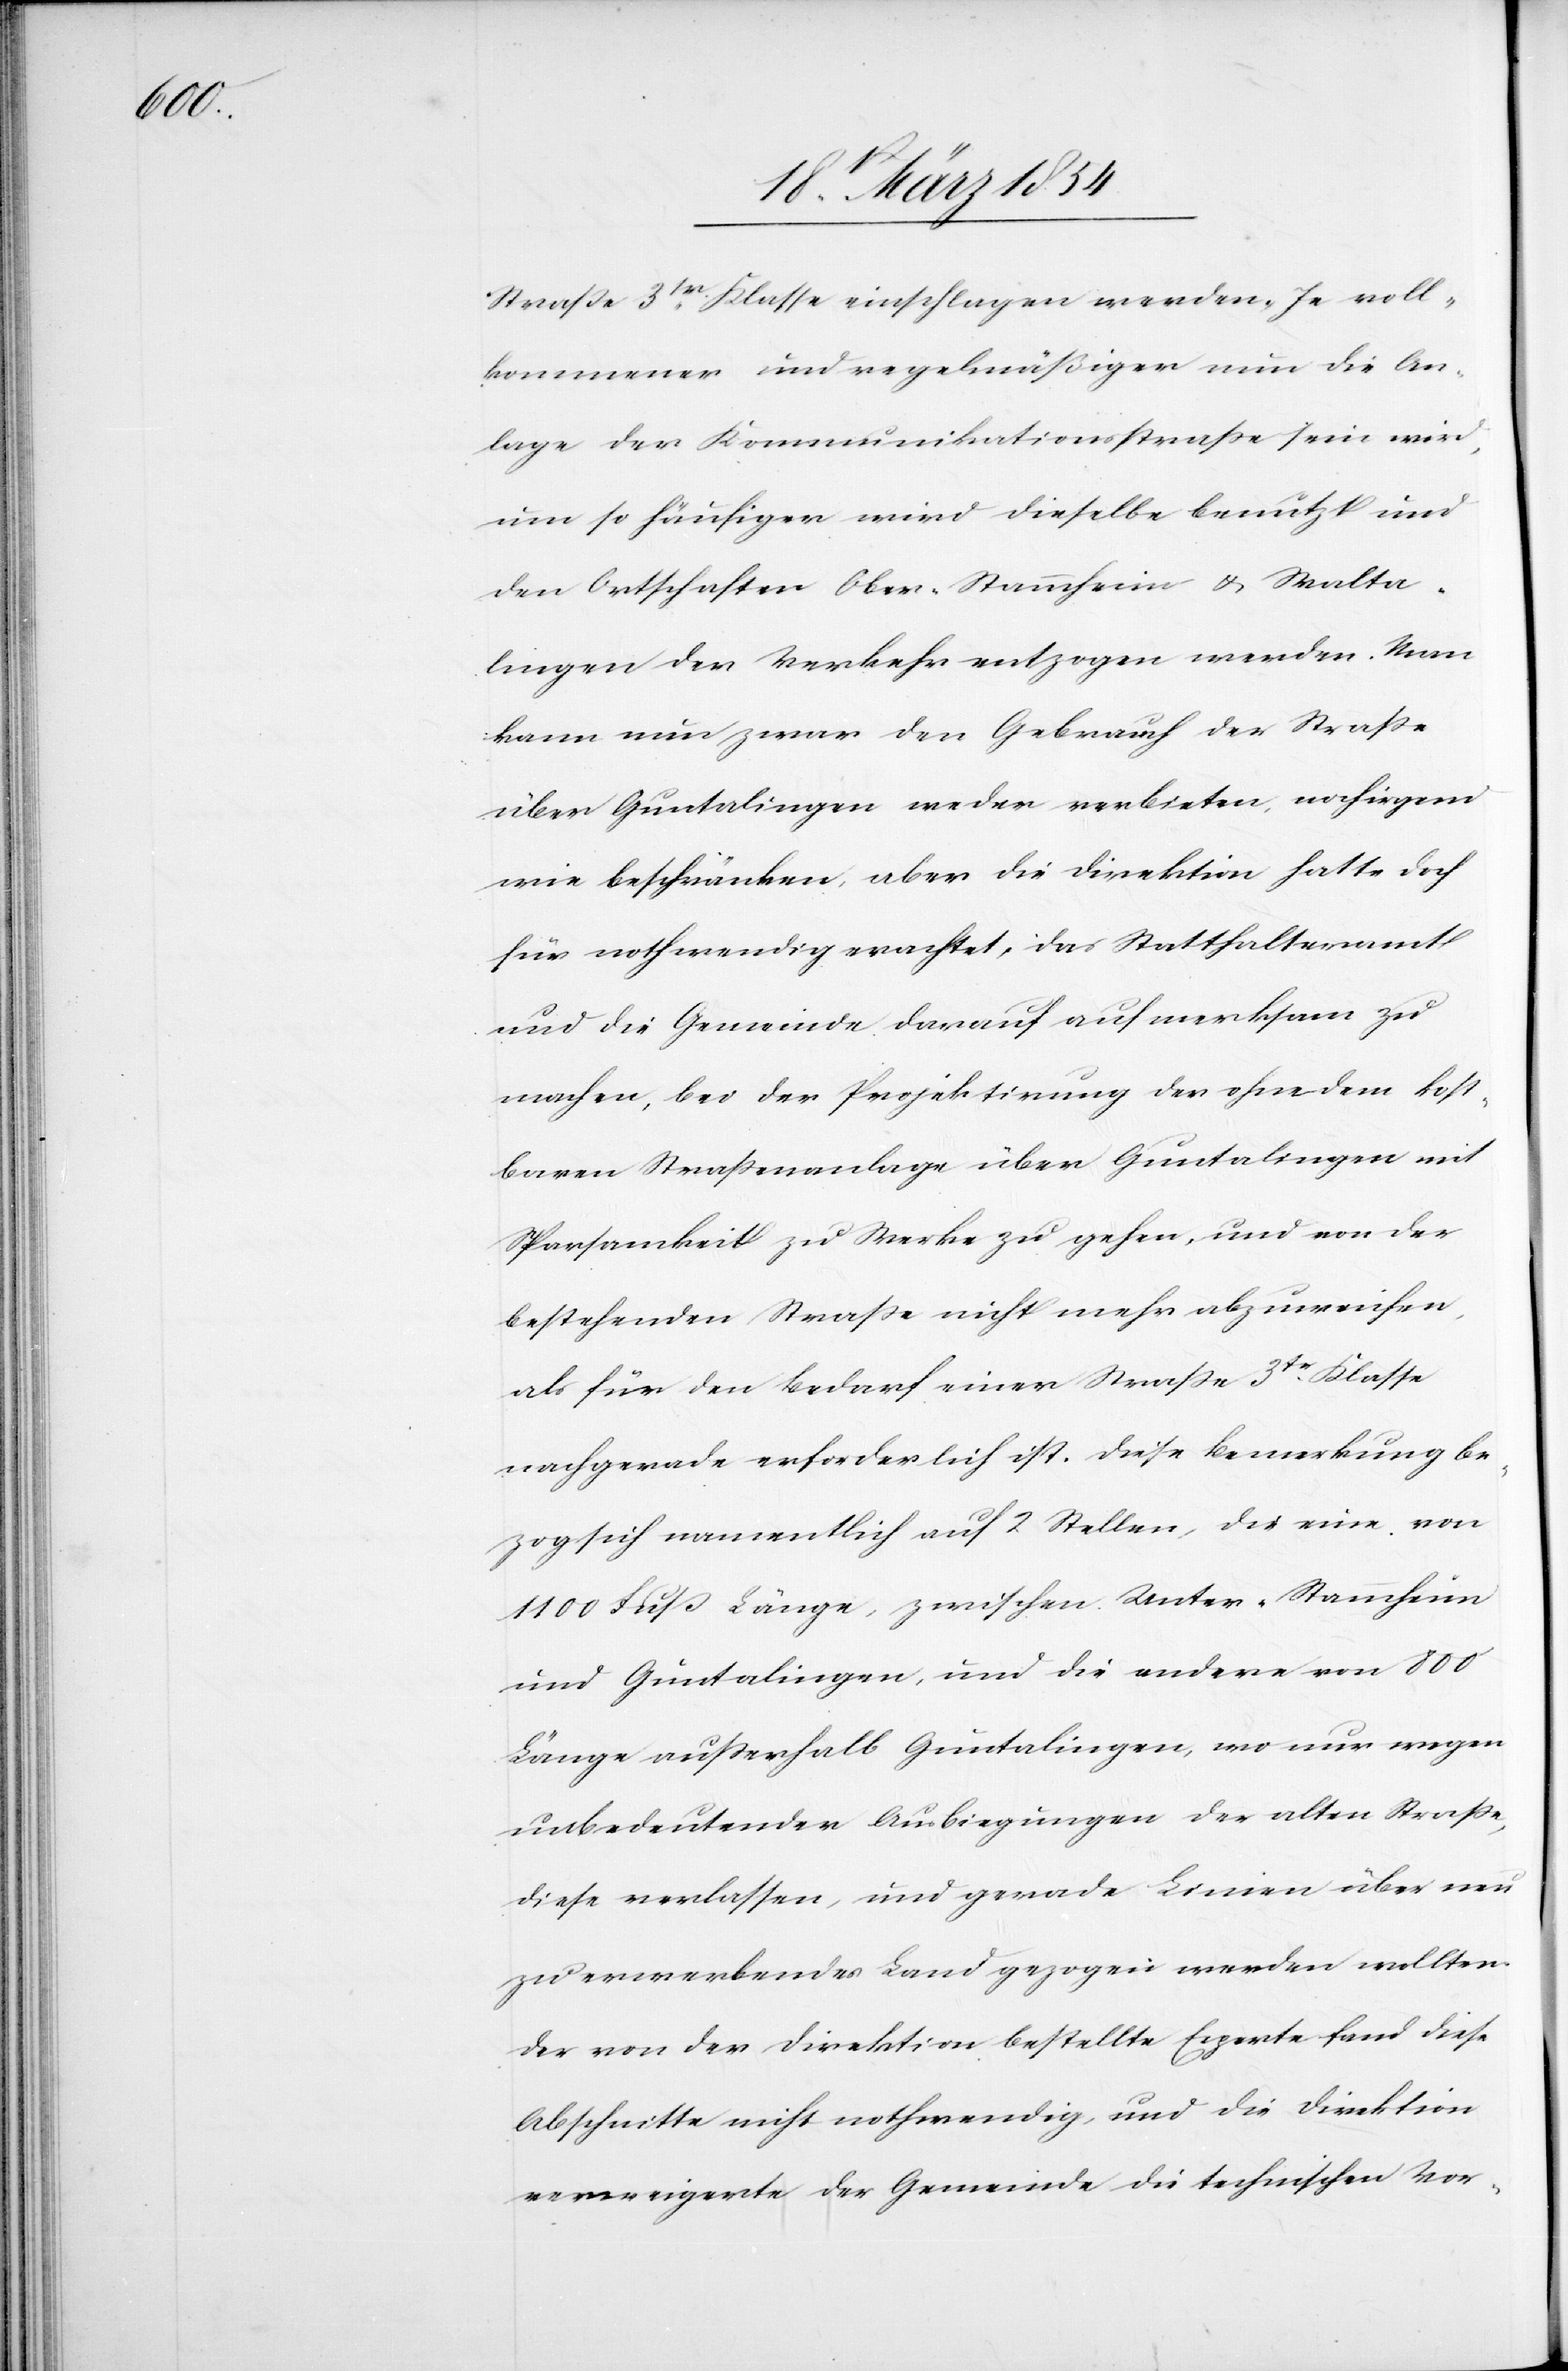
Straße 3tr Klasse eingeschlagen werden. Je voll¬
kommener und regelmäßiger nun die An¬
lage der Kommunikationsstraße sein wird,
um so häufiger dies dieselbe benutzt und
den Ortschaften Ober-Stammheim & Walta¬
lingen der Verkehr entzogen werden. Man
kann nun zwar den Gebrauch der Straße
über Guntalingen weder verbieten, noch irgend
wie beschränken, aber die Direktion hatte doch
für nothwendig erachtet, das Statthalteramt
und die Gemeinde darauf aufmerksam zu
machen, bei der Projektirung der ohnedem kost¬
baren Straßenanlage über Guntalingen mit
Sparsamkeit zu Werke zu gehen, und von der
bestehenden Straße nicht mehr abzuweichen,
als für den Bedarf einer Straße 3tr Klasse
nachgerade erforderlich ist. Diese Bemerkung be¬
zog sich namentlich auf 2 Stellen, die eine von
1100 Fuß Länge, zwischen Unter-Stammheim
unbedeutender Ausbiegungen der alten Straße,
diese verlassen, und gerade Linien über neu
zu erwerbendes Land gezogen werden wollten.
Der von der Direktion bestellte Experte fand diese
Abschnitte nicht nothwendig, und die Direktion
verweigerte der Gemeinde die technischen Vor-